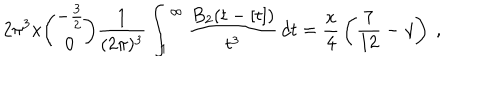
2 \pi ^ { 3 } x { \binom { - { \frac { 3 } { 2 } } } { 0 } } { \frac { 1 } { ( 2 \pi ) ^ { 3 } } } \int _ { 1 } ^ { \infty } { \frac { B _ { 2 } ( t - [ t ] ) } { t ^ { 3 } } } \, d t = { \frac { x } { 4 } } \left( { \frac { 7 } { 1 2 } } - \gamma \right) \ ,